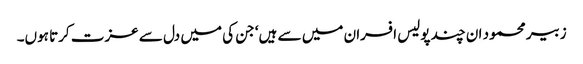
زبیر محمود ان چند پولیس افسران میں سے ہیں‘ جن کی میں دل سے عزت کرتا ہوں۔